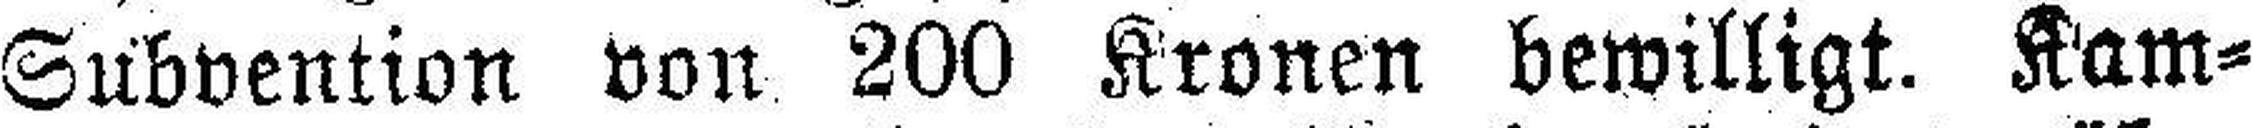
Subvention von 200 Kronen bewilligt. Kam¬